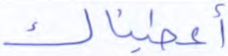
أعطيناك